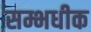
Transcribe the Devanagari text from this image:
सम्भधीक